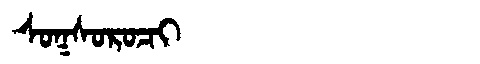
Manchu: ᠰᠣᡴᠰᠣᡵᠣᠴᡳ
Romanization: SOKSOROCI